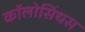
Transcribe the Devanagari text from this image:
कॉलोसिंथस